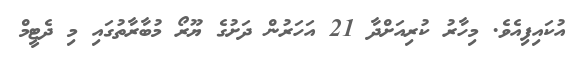
އުކައިފިއެވެ. މިހާރު ކުރިއަށްދާ 21 އަހަރުން ދަށުގެ ޔޫރޯ މުބާރާތުގައި މި ދެޓީމް